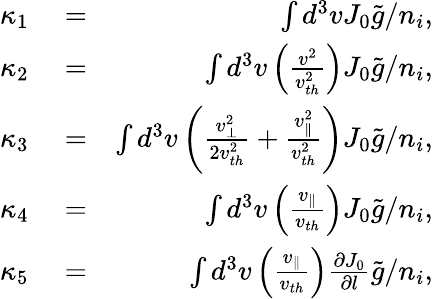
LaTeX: \begin{array}{rlr}{\kappa_{1}}&{{}=}&{\int d^{3}vJ_{0}\tilde{g}/n_{i},}\\ {\kappa_{2}}&{{}=}&{\int d^{3}v\left(\frac{v^{2}}{v_{th}^{2}}\right)J_{0}\tilde{g}/n_{i},}\\ {\kappa_{3}}&{{}=}&{\int d^{3}v\left(\frac{v_{\perp}^{2}}{2v_{th}^{2}}+\frac{v_{\parallel}^{2}}{v_{th}^{2}}\right)J_{0}\tilde{g}/n_{i},}\\ {\kappa_{4}}&{{}=}&{\int d^{3}v\left(\frac{v_{\parallel}}{v_{th}}\right)J_{0}\tilde{g}/n_{i},}\\ {\kappa_{5}}&{{}=}&{\int d^{3}v\left(\frac{v_{\parallel}}{v_{th}}\right)\frac{\partial J_{0}}{\partial l}\tilde{g}/n_{i},}\end{array}